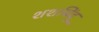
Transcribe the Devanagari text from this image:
शशबिंदू